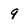
Character: 9